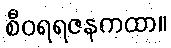
စီဝရရဇနကထာ။